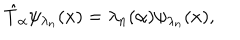
\hat { T } _ { \alpha } \psi _ { \lambda _ { n } } ( x ) = \lambda _ { n } ( \alpha ) \psi _ { \lambda _ { n } } ( x ) ,